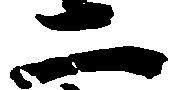
二